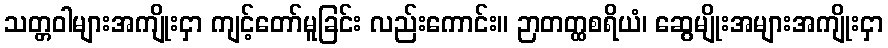
သတ္တဝါများအကျိုးငှာ ကျင့်တော်မူခြင်း လည်းကောင်း။ ဉာတတ္ထစရိယံ၊ ဆွေမျိုးအများအကျိုးငှာ